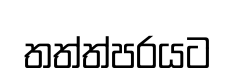
තත්ත්පරයට